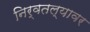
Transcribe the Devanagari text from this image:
निर्वतल्यावर